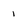
Character: 1